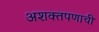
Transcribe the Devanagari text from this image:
अशक्तपणाची